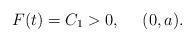
LaTeX: \begin{align*}F(t)=C_1>0,~~~~(0,a).\end{align*}